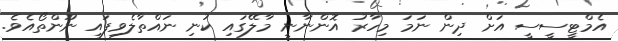
އެމްޓީސީސީ އަށް ދިން ނަމަ މިހާރު އޮންނާނީ މާލޭގައި ކުނި ނައްތާލެވިފައި ނޫންތޯއެވެ.